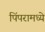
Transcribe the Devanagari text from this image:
पिंपरामध्ये